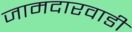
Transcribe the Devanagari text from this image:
जामदारवाडी